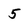
Character: 5